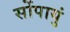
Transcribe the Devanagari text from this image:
सोंपायुं